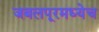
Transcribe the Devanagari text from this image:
जबलपूरमध्येच